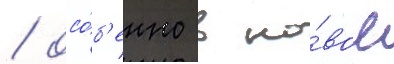
/ осо́б'енно в но́вое